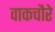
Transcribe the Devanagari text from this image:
वाकचौरे